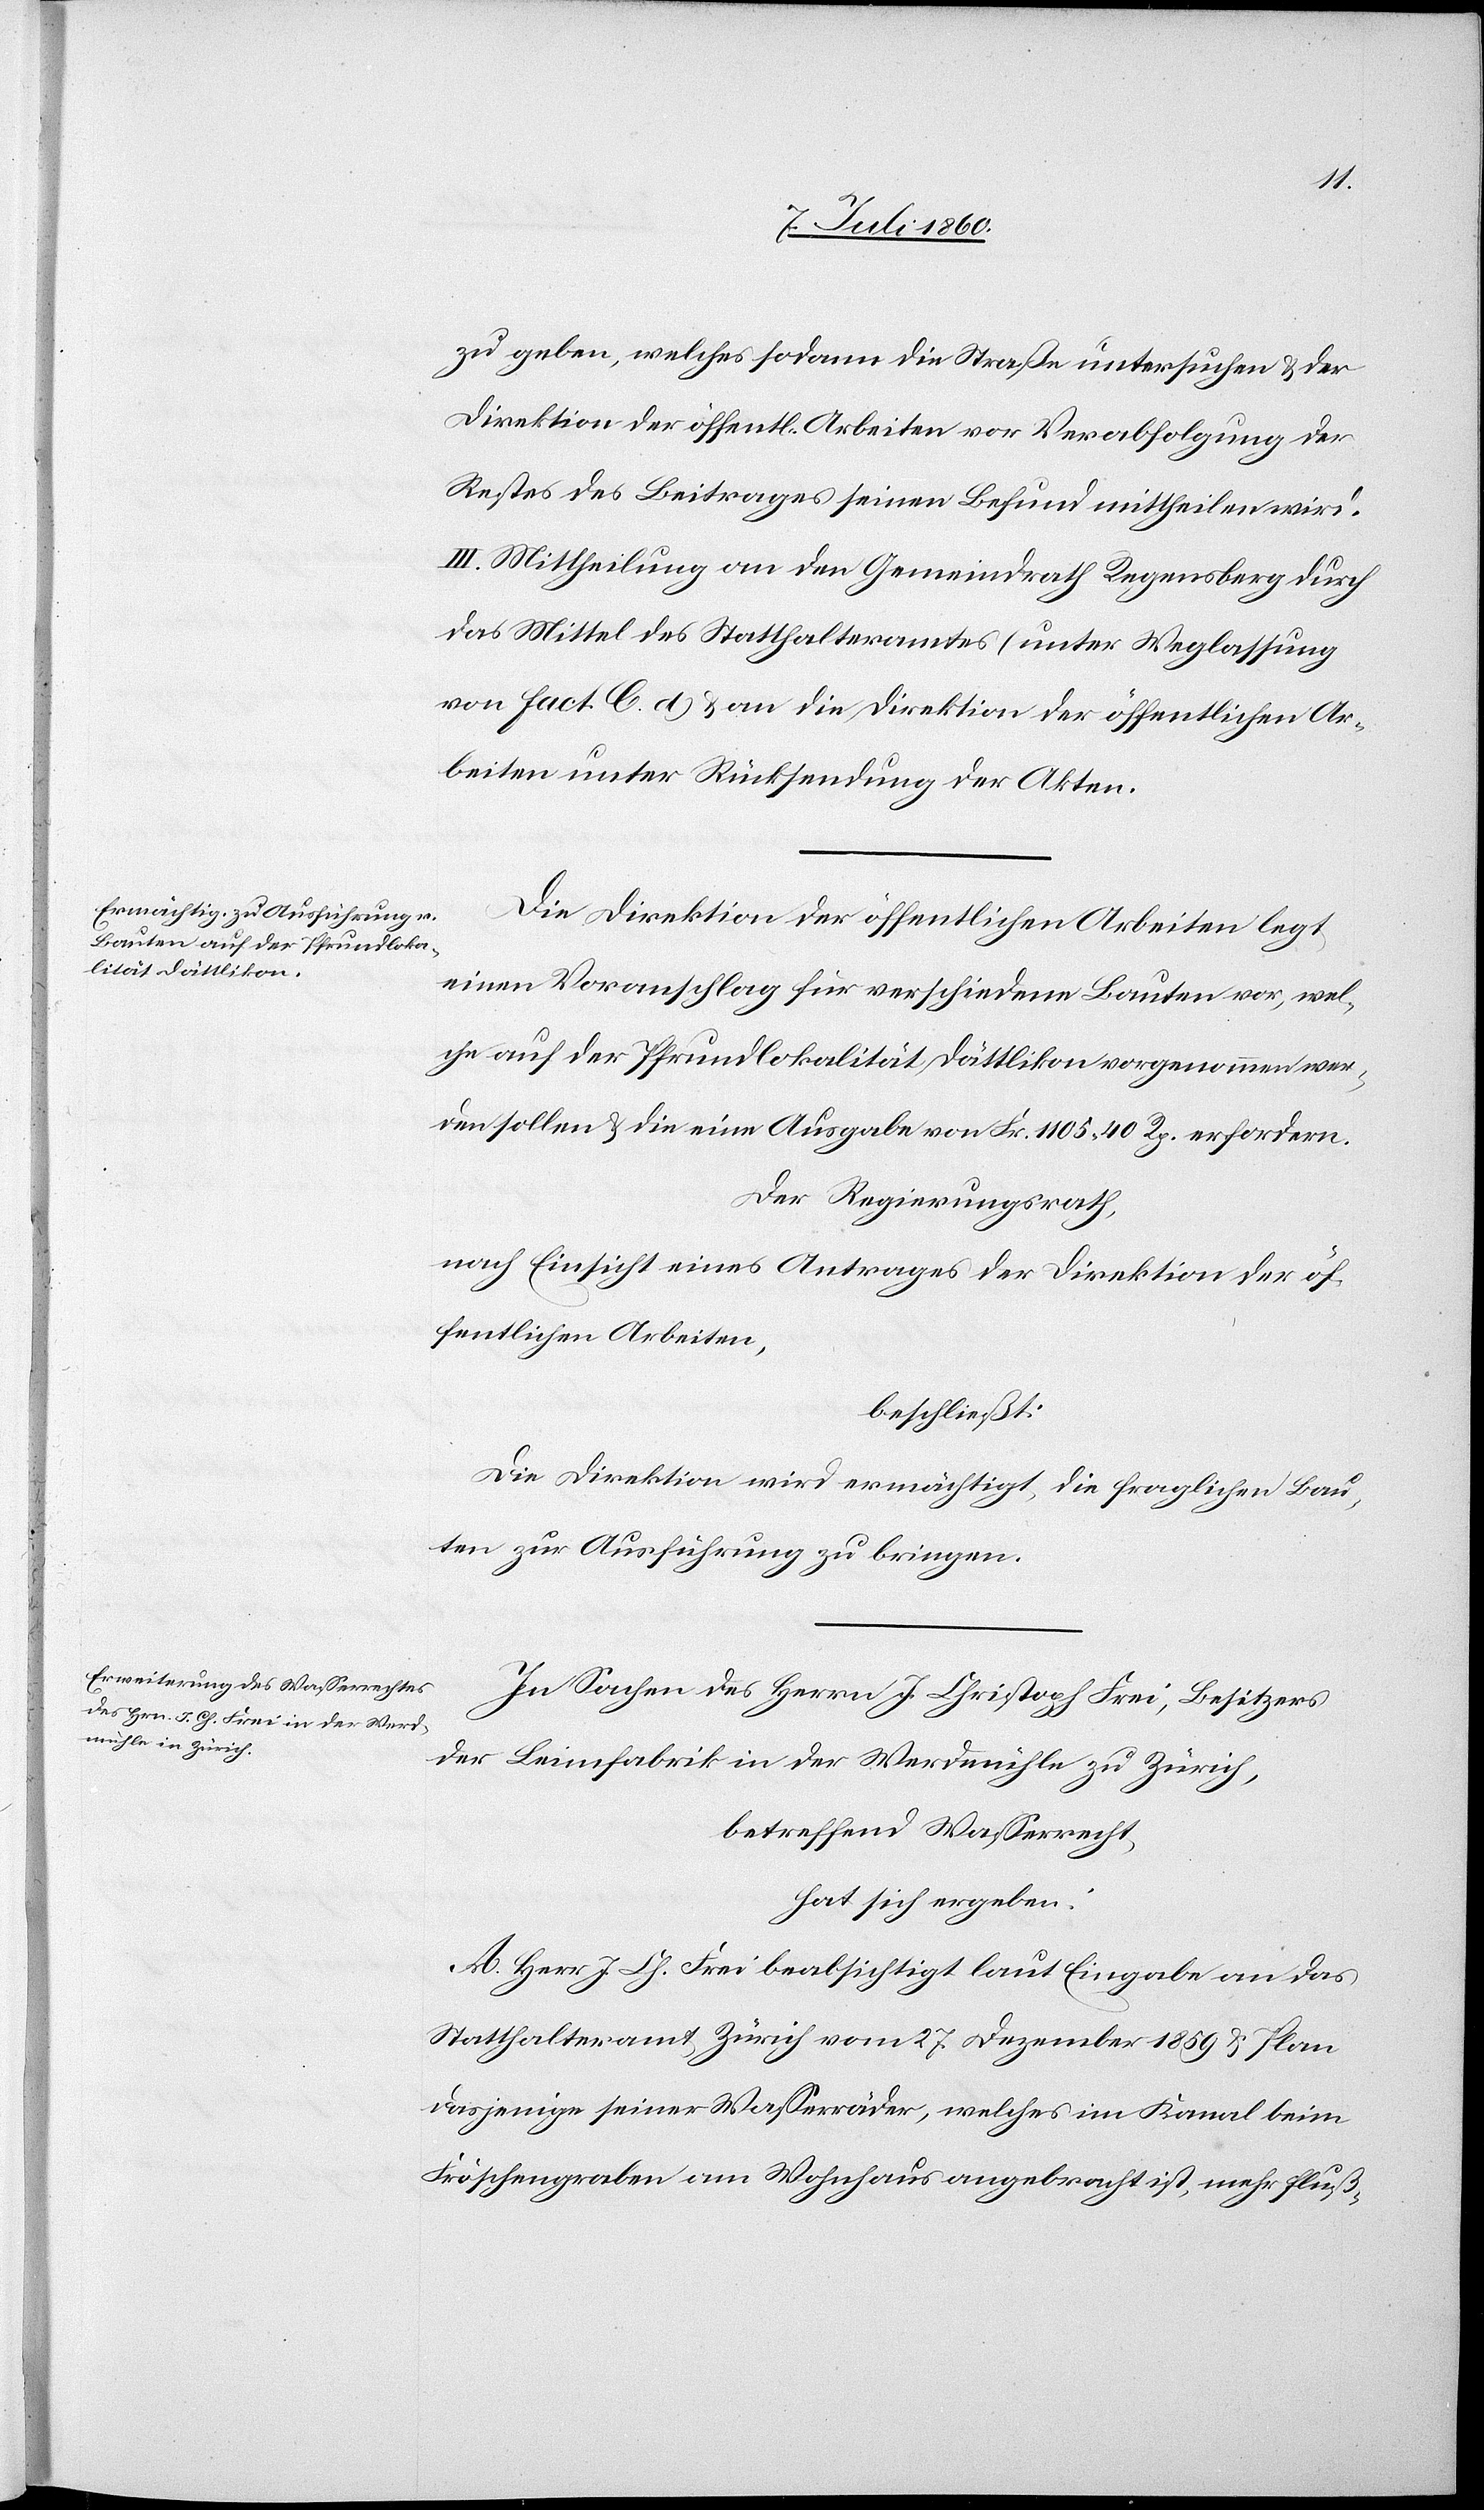
zu geben, welches sodann die Straße untersuchen & der
Direktion der öffentl. Arbeiten vor Verabfolgung des
Restes des Beitrages seinen Befund mittheilen wird.
III. Mittheilung an den Gemeindrath Regensberg durch
das Mittel des Statthalteramtes (unter Weglassung
von Fact. C. d) & an die Direktion der öffentlichen Ar¬
beiten unter Rücksendung der Akten.
Die Direktion der öffentlichen Arbeiten legt
einen Voranschlag für verschiedene Bauten vor, wel¬
che auf der Pfrundlokalität Dättlikon vorgenommen wer¬
den sollen & die eine Ausgabe von Fr. 1105. 40 Rp. erfordern.
Der Regierungsrath,
nach Einsicht eines Antrages der Direktion der öf¬
fentlichen Arbeiten,
beschließt:
Die Direktion wird ermächtigt, die fraglichen Bau¬
ten zur Ausführung zu bringen.
In Sachen des Herrn J. Christoph Frei, Besitzers
der Leimfabrik in der Werdmühle zu Zürich,
betreffend Wasserrecht,
hat sich ergeben:
A. Herr J. Ch. Frei beabsichtigt laut Eingabe an das
Statthalteramt Zürich vom 27. Dezember 1859 & Plan
dasjenige seiner Wasserräder, welches im Kanal beim
Fröschengraben am Wohnhaus angebracht ist, mehr fluß-